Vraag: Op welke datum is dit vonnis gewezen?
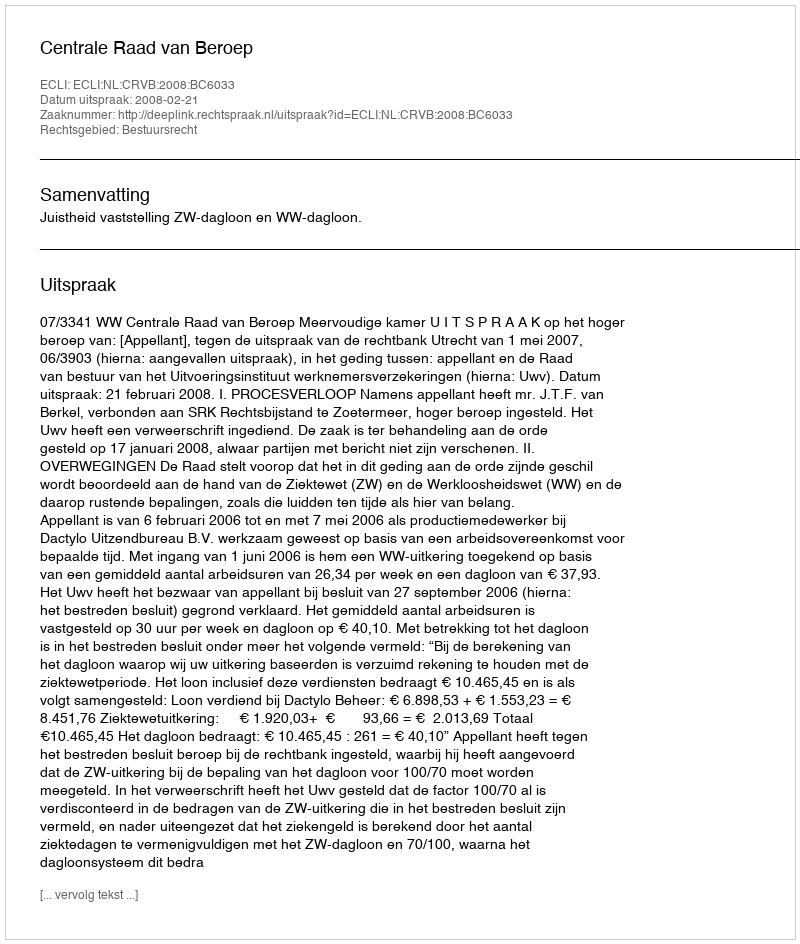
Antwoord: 2008-02-21